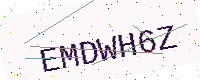
Text: EMDWH6Z